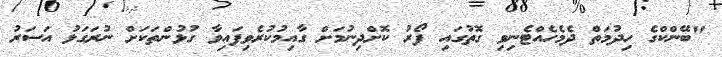
"ބޭންކްގެ ހިދުމަތް ދެމެހެއްޓެނިވި ގޮތުގައި ފޯރު ކޮށްދިނުމަށް ގާއިމުކުރެވިފައިވާ ގުޅުންތަކަށް ނުރަގަޅު އަސަރު